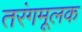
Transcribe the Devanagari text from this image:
तरंगमूलक